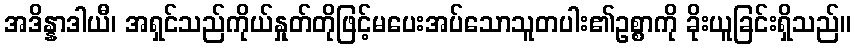
အဒိန္နာဒါယီ၊ အရှင်သည်ကိုယ်နှုတ်တိုဖြင့်မပေးအပ်သောသူတပါး၏ဥစ္စာကို ခိုးယူခြင်းရှိသည်။